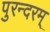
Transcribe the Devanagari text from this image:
पुरन्दरम्